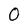
Character: O